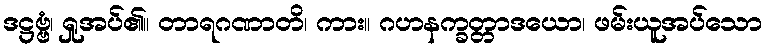
ဒဋ္ဌဗ္ဗံ၊ ရှုအပ်၏။ တာရဂဏာတိ၊ ကား။ ဂဟနက္ခတ္တာဒယော၊ ဖမ်းယူအပ်သော